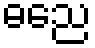
ဓညေ